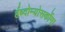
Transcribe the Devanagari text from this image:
र्हब्दोम्योसर्कोमा